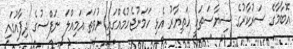
އޮބާމާގެ ސަރުކާރުގެ ސިޔާސަތަކީ ހަތިޔާރު އެޅި ހަމަނުޖެހުމެއްގައި ނުވަތަ އަމިއްލަ ނަފްސުގެ ދިފާއުގައި